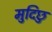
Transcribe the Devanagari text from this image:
मुदिछु